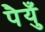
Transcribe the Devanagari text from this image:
पैयुँ